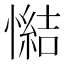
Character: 𢢂